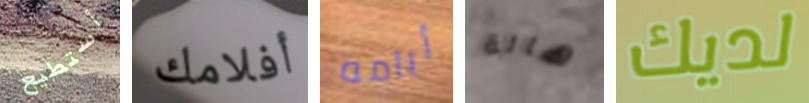
أستطيع أفلامك أيامه هالة لديك